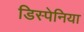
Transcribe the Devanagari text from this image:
डिस्पेनिया